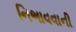
નિભાવવાની